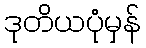
ဒုတိယပုံမှန်